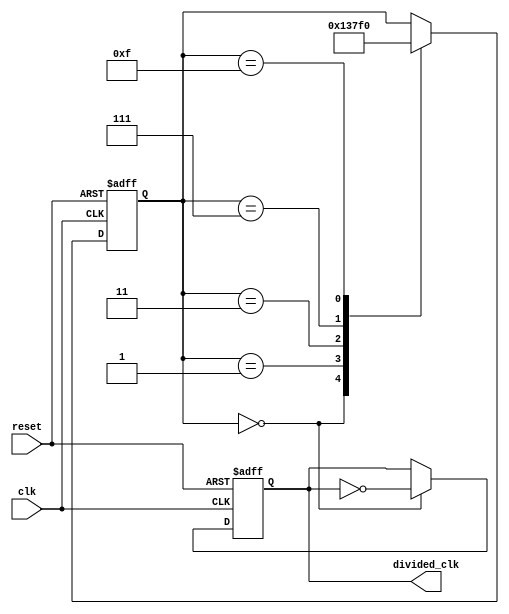
module johnson_counter_clock_divider (
    input clk,
    input reset,
    output reg divided_clk
);

reg [3:0] count;

always @(posedge clk or posedge reset) begin
    if (reset)
        count <= 4'b0000;
    else begin
        case (count)
            4'b0000: count <= 4'b0001;
            4'b0001: count <= 4'b0011;
            4'b0011: count <= 4'b0111;
            4'b0111: count <= 4'b1111;
            4'b1111: count <= 4'b0000;
        endcase
    end
end

always @(posedge clk or posedge reset) begin
    if (reset)
        divided_clk <= 1'b0;
    else begin
        if (count == 4'b0000)
            divided_clk <= ~divided_clk;
    end
end

endmodule